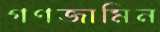
গণজামিন